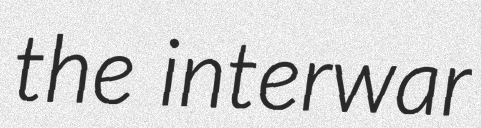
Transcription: the interwar